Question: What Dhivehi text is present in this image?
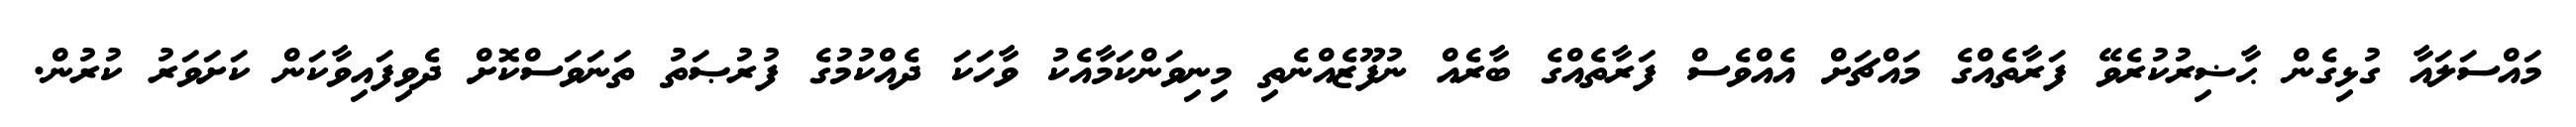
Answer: މައްސަލައާ ގުޅިގެން ޙާޟިރުކުރެވޭ ފަރާތެއްގެ މައްޗަށް އެއްވެސް ފަރާތެއްގެ ބާރެއް ނުފޫޒެއްނެތި މިނިވަންކަމާއެކު ވާހަކަ ދެއްކުމުގެ ފުރުޞަތު ތަނަވަސްކޮށް ދެވިފައިވާކަން ކަށަވަރު ކުރުން.